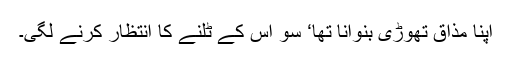
اپنا مذاق تھوڑی بنوانا تھا‘ سو اس کے ٹلنے کا انتظار کرنے لگی۔